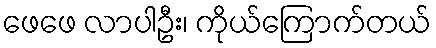
ဖေဖေ လာပါဦး၊ ကိုယ်ကြောက်တယ်